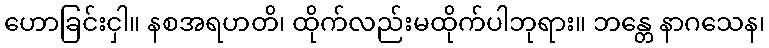
ဟောခြင်းငှါ။ နစအရဟတိ၊ ထိုက်လည်းမထိုက်ပါဘုရား။ ဘန္တေ နာဂသေန၊